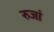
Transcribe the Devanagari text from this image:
रुजां